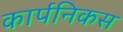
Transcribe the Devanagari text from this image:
कार्पनिकस